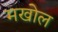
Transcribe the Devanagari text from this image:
मखोल